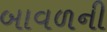
બાવળની